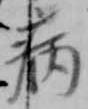
病